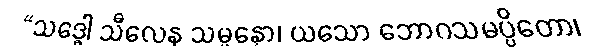
“သဒ္ဓေါ သီလေန သမ္ပန္နော၊ ယသော ဘောဂသမပ္ပိတော၊